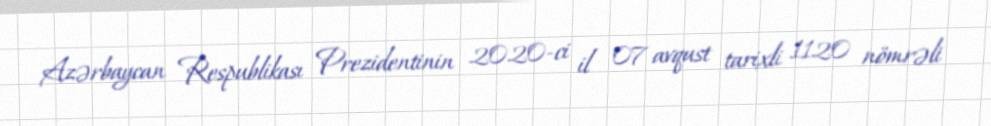
Azərbaycan Respublikası Prezidentinin 2020-ci il 07 avqust tarixli 1120 nömrəli